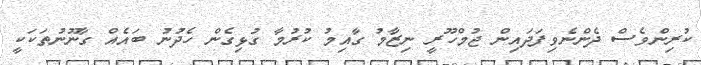
ކުރިންވެސް ދެންނެވިފަދައިން ޖުމްހޫރީ ނިޒާމު ގާއިމު ކުރުމާ ގުޅިގެން ހެދުނު ބައެއް ގާނޫނުތަކަކީ